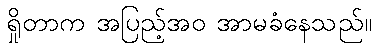
ရှိုတာက အပြည့်အဝ အာမခံနေသည်။